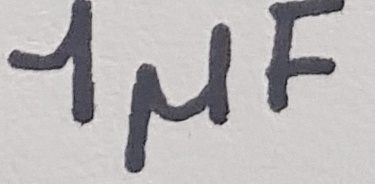
Text: 1µF